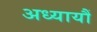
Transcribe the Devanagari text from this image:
अध्यायौं